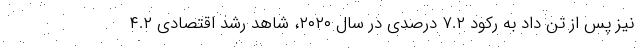
نیز پس از تن داد به رکود ۷.۲ درصدی در سال ۲۰۲۰، شاهد رشد اقتصادی ۴.۲